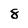
Character: 8